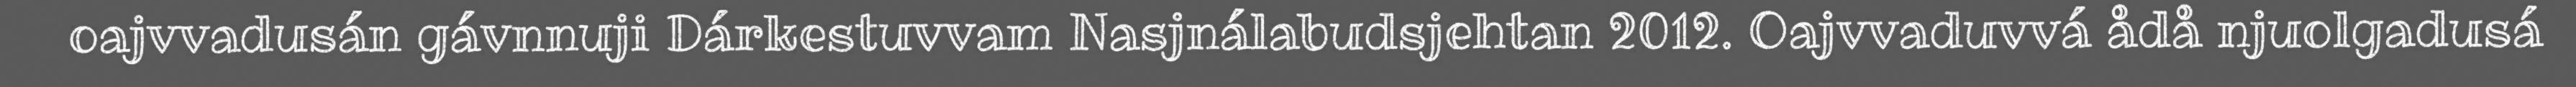
oajvvadusán gávnnuji Dárkestuvvam Nasjnálabudsjehtan 2012. Oajvvaduvvá ådå njuolgadusá